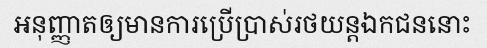
អនុញ្ញាតឲ្យមានការប្រើប្រាស់រថយន្តឯកជននោះ